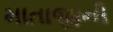
માતાજીની